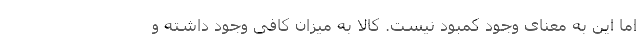
اما این به معنای وجود کمبود نیست. کالا به میزان کافی وجود داشته و